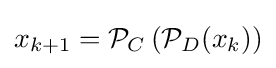
x_{k+1}={\mathcal {P}}_{C}\left({\mathcal {P}}_{D}(x_{k})\right)